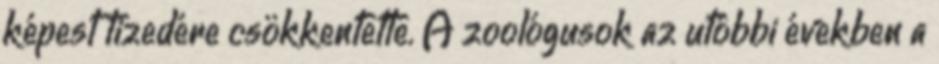
képest tizedére csökkentette. A zoológusok az utóbbi években a